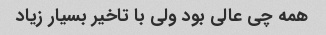
همه چی عالی بود ولی با تاخیر بسیار زیاد